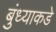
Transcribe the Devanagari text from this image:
बुंध्याकडे